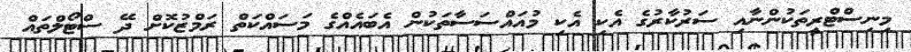
މިނިސްޓްރީތަކުންނާއި ސަރުކާރުގެ އެކި އެކި މުއައްސަސާތަކުން އެބައެއްގެ މަސައްކަތް ރަމްޒުކޮށް ދޭ ސްޓޯލްތައް